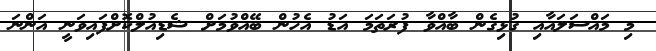
މި މައްސަލައާއި ގުޅިގެން ބާއްވާ ފުރަތަމަ އަޑު އެހުން ބޭއްވުމަށް ޝެޑިއުލްކޮށްފައިވަނީ އަންނަ